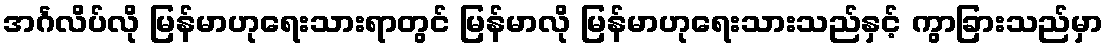
အင်္ဂလိပ်လို မြန်မာဟုရေးသားရာတွင် မြန်မာလို မြန်မာဟုရေးသားသည်နှင့် ကွာခြားသည်မှာ